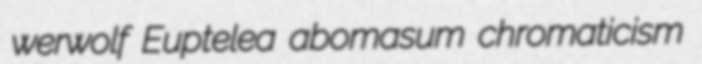
werwolf Euptelea abomasum chromaticism